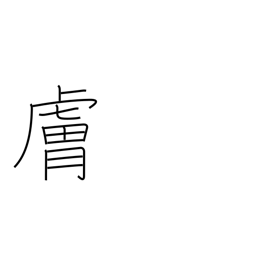
Meaning: disposition